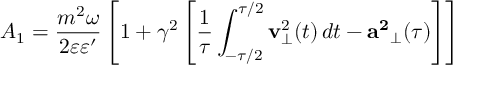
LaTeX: A _ { 1 } = \frac { m ^ { 2 } \omega } { 2 \varepsilon \varepsilon ^ { \prime } } \left[ 1 + \gamma ^ { 2 } \left[ \frac { 1 } { \tau } \int _ { - \tau / 2 } ^ { \tau / 2 } { \bf { v } } _ { \perp } ^ { 2 } ( t ) \, d t - { \bf { a } ^ { 2 } } _ { \perp } ( \tau ) \right] \right]